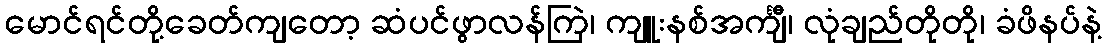
မောင်ရင်တို့ခေတ်ကျတော့ ဆံပင်ဖွာလန်ကြဲ၊ ကျူးနစ်အင်္ကျီ၊ လုံချည်တိုတို၊ ခံဖိနပ်နဲ့